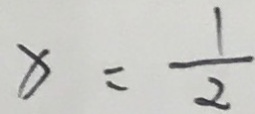
x = \frac { 1 } { 2 }